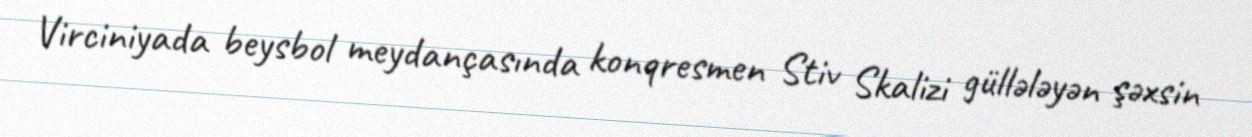
Virciniyada beysbol meydançasında konqresmen Stiv Skalizi güllələyən şəxsin